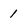
Character: 1